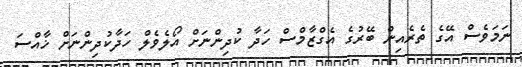
ނަމަވެސް އޭގެ ތެރެއިން ބޭރުގެ އެގްޒާމްސް ހަދާ ކުދިންނަށް އޯލެވެލް ހަދާކުދިންނަށް ޚާއްސަ